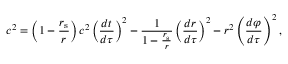
c ^ { 2 } = \left( 1 - { \frac { r _ { \mathrm { { s } } } } { r } } \right) c ^ { 2 } \left( { \frac { d t } { d \tau } } \right) ^ { 2 } - { \frac { 1 } { 1 - { \frac { r _ { \mathrm { { s } } } } { r } } } } \left( { \frac { d r } { d \tau } } \right) ^ { 2 } - r ^ { 2 } \left( { \frac { d \varphi } { d \tau } } \right) ^ { 2 } ,